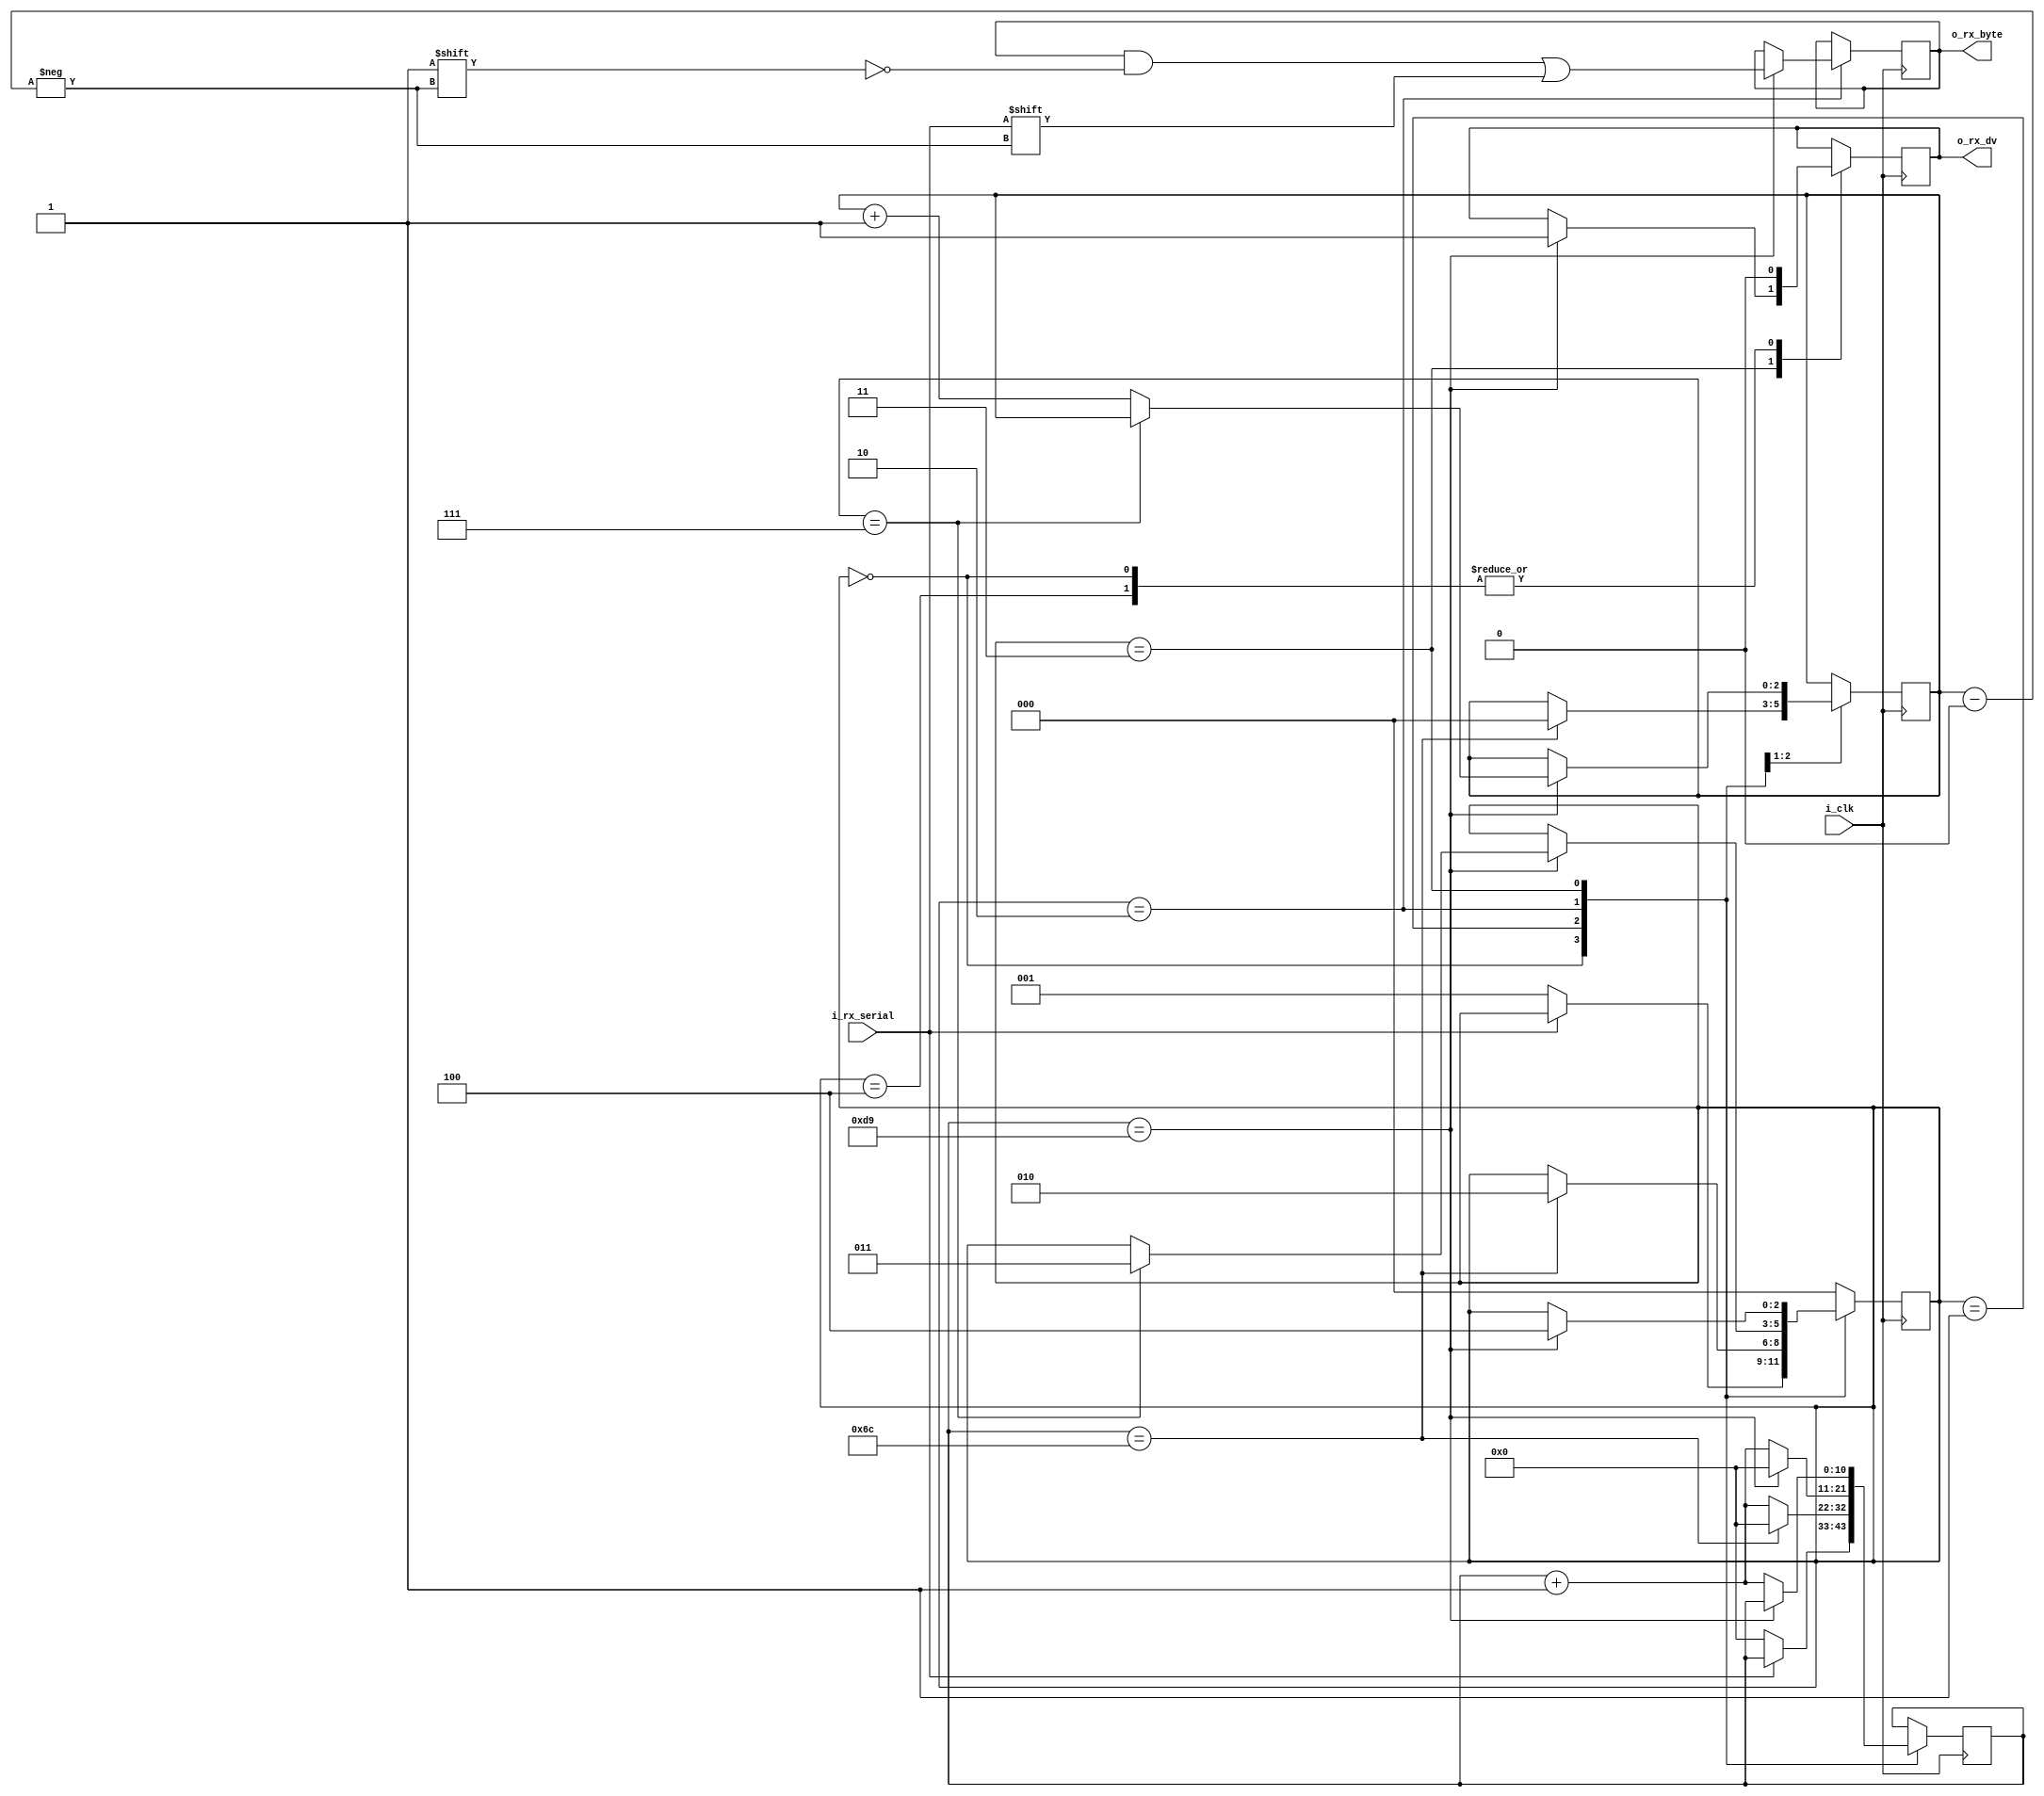
module uart_recv
#(
  	// 25(Mhz) / 115200(baudrate) = 217 clocks per bit
    parameter CLKS_PER_BIT = 217                
)
(
    input i_clk,						// 25Mhz
    input i_rx_serial,					// incoming serial data
    output o_rx_dv,						// set to 1 for a single clock
  										//   cycle when o_rx_byte 
  										//   is valid
  output [7:0] o_rx_byte				// data byte received from
  										//   i_rx_serial
);
  
  localparam STATE_IDLE = 0;			// waiting for start bit (0)
  localparam STATE_STARTBIT = 1;		// sync to 50% of start bit
  localparam STATE_DATABITS = 2;		// receive 8 bits of data
  localparam STATE_STOPBIT = 3;			// receive 1 stop bit (1)
  localparam STATE_CLEANUP = 4;			// cleanup receiving data 
  										//    and return to IDLE

  reg [2:0] r_state = STATE_IDLE;
  reg r_rx_dv;							// flag to 1 while r_rx_byte 
  										//    is valid
  reg [7:0] r_rx_byte;					// store 8bits of data
  reg [10:0] r_counter;					// counter for each bit
  reg [2:0] r_bit_index;				// index into 8 bits of data
  
  
  always @(posedge i_clk)
    begin
  
      case (r_state)
        STATE_IDLE : begin
          r_rx_dv <= 0;
          
          if (i_rx_serial == 0) begin
            r_state <= STATE_STARTBIT;
            r_counter <= 0;
          end
        end
        STATE_STARTBIT : begin
          if (r_counter == CLKS_PER_BIT/2)
            begin
              // half way through the start bit
              r_counter <= 0;
              r_state <= STATE_DATABITS;
              r_bit_index <= 0;
            end
          else
            begin
                r_counter <= r_counter + 1;
            end
        end
        STATE_DATABITS : begin
          if (r_counter == CLKS_PER_BIT)
            begin
              r_counter <= 0;
              r_rx_byte[r_bit_index] = i_rx_serial;		// NOTE: LSB first
              if (r_bit_index == 7)
                begin
                  r_state <= STATE_STOPBIT;
                end
              else
                begin
                  r_bit_index <= r_bit_index + 1;
                end
            end
          else
            begin
              r_counter <= r_counter + 1;
            end
        end
        STATE_STOPBIT : begin
          if (r_counter == CLKS_PER_BIT)
            begin
              // todo: check that stop bit is set correctly to 1

              r_rx_dv <= 1;
              r_state <= STATE_CLEANUP;          
            end
          else
            r_counter <= r_counter + 1;
        end
        STATE_CLEANUP : begin
          r_rx_dv <= 0;
          r_state <= STATE_IDLE;
        end
        default : begin
          r_state <= STATE_IDLE;
        end

      endcase
    end
  

  assign o_rx_dv = r_rx_dv;
  assign o_rx_byte[7:0] = r_rx_byte[7:0];
  
endmodule